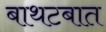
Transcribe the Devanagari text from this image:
बाथटबात